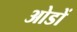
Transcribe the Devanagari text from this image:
ओडों